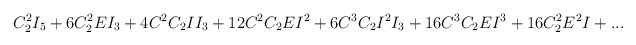
\begin{align*}C_2^2I_5+6C_2^2EI_3+4C^2C_2II_3+12C^2C_2EI^2+6C^3C_2I^2I_3+16C^3C_2EI^3+16C_2^2E^2I+...\end{align*}